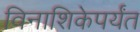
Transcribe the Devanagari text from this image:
विनाशिकेपर्यंत